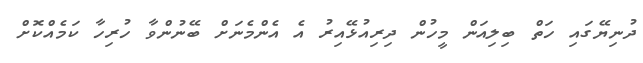
ދުނިޔޭގައި ހަތް ބިލިއަން މީހުން ދިރިއުޅޭއިރު އެ އެންމެނަށް ބޭނުންވާ ހުރިހާ ކަމެއްކޮށް